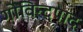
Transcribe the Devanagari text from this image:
गोविन्दपाद